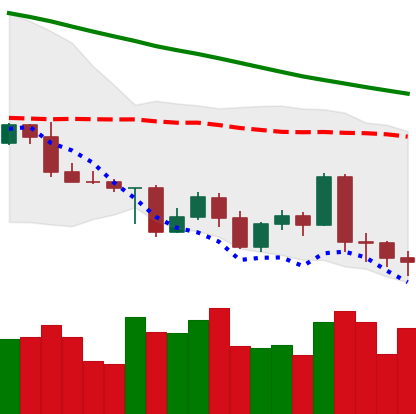
Ticker: LTC-USD
Chart end date: 2022-05-08
Forward return: -27.681%
Label: down_7plus